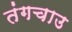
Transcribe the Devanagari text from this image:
तंगचाउ